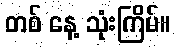
တစ် နေ့ သုံးကြိမ်။